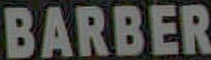
BARBER